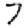
Digit: 7